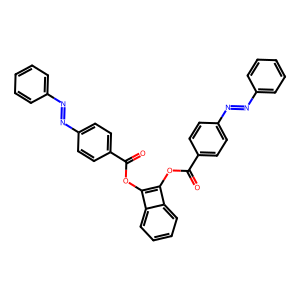
SMILES: O=C(OC1=C(OC(=O)c2ccc(N=Nc3ccccc3)cc2)c2ccccc21)c1ccc(N=Nc2ccccc2)cc1
Inhibits HIV replication: No